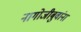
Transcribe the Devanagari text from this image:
नागोजीबुवांना